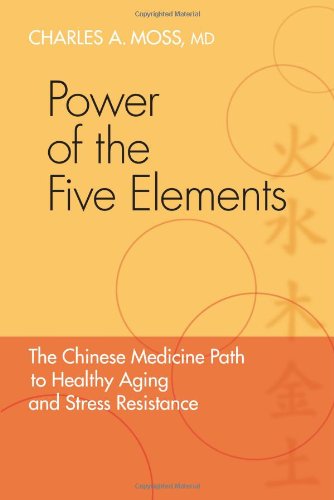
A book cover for Power of the Five Elements: The Chinese Medicine Path to Healthy Aging and Stress Resistance; Charles A. Moss M.D.; Health, Fitness & Dieting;